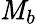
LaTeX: \mathit{M}_{b}